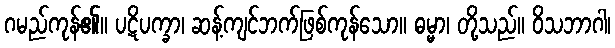
ဂမည်ကုန်၏။ ပဋိပက္ခာ၊ ဆန့်ကျင်ဘက်ဖြစ်ကုန်သော။ ဓမ္မာ၊ တို့သည်။ ဝိသဘာဂါ၊